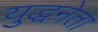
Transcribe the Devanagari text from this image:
युद्धनेता